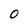
Character: 0